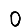
Digit: 0